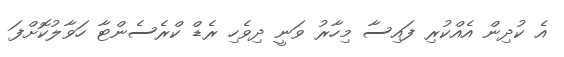
އެ ކުދިން އެއްކުރި ފައިސާ މިހާރު ވަނީ ދިވެހި ރެޑް ކްރެސެންޓާ ހަވާލުކޮށްފަ